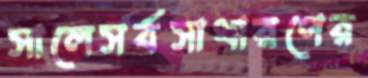
সালেসর্বসাধারণের